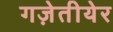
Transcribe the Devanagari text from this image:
गज़ेतीयेर